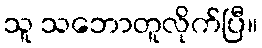
သူ သဘောတူလိုက်ပြီ။